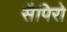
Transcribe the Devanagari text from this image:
सैपिरो